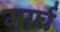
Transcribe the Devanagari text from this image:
मार्घ